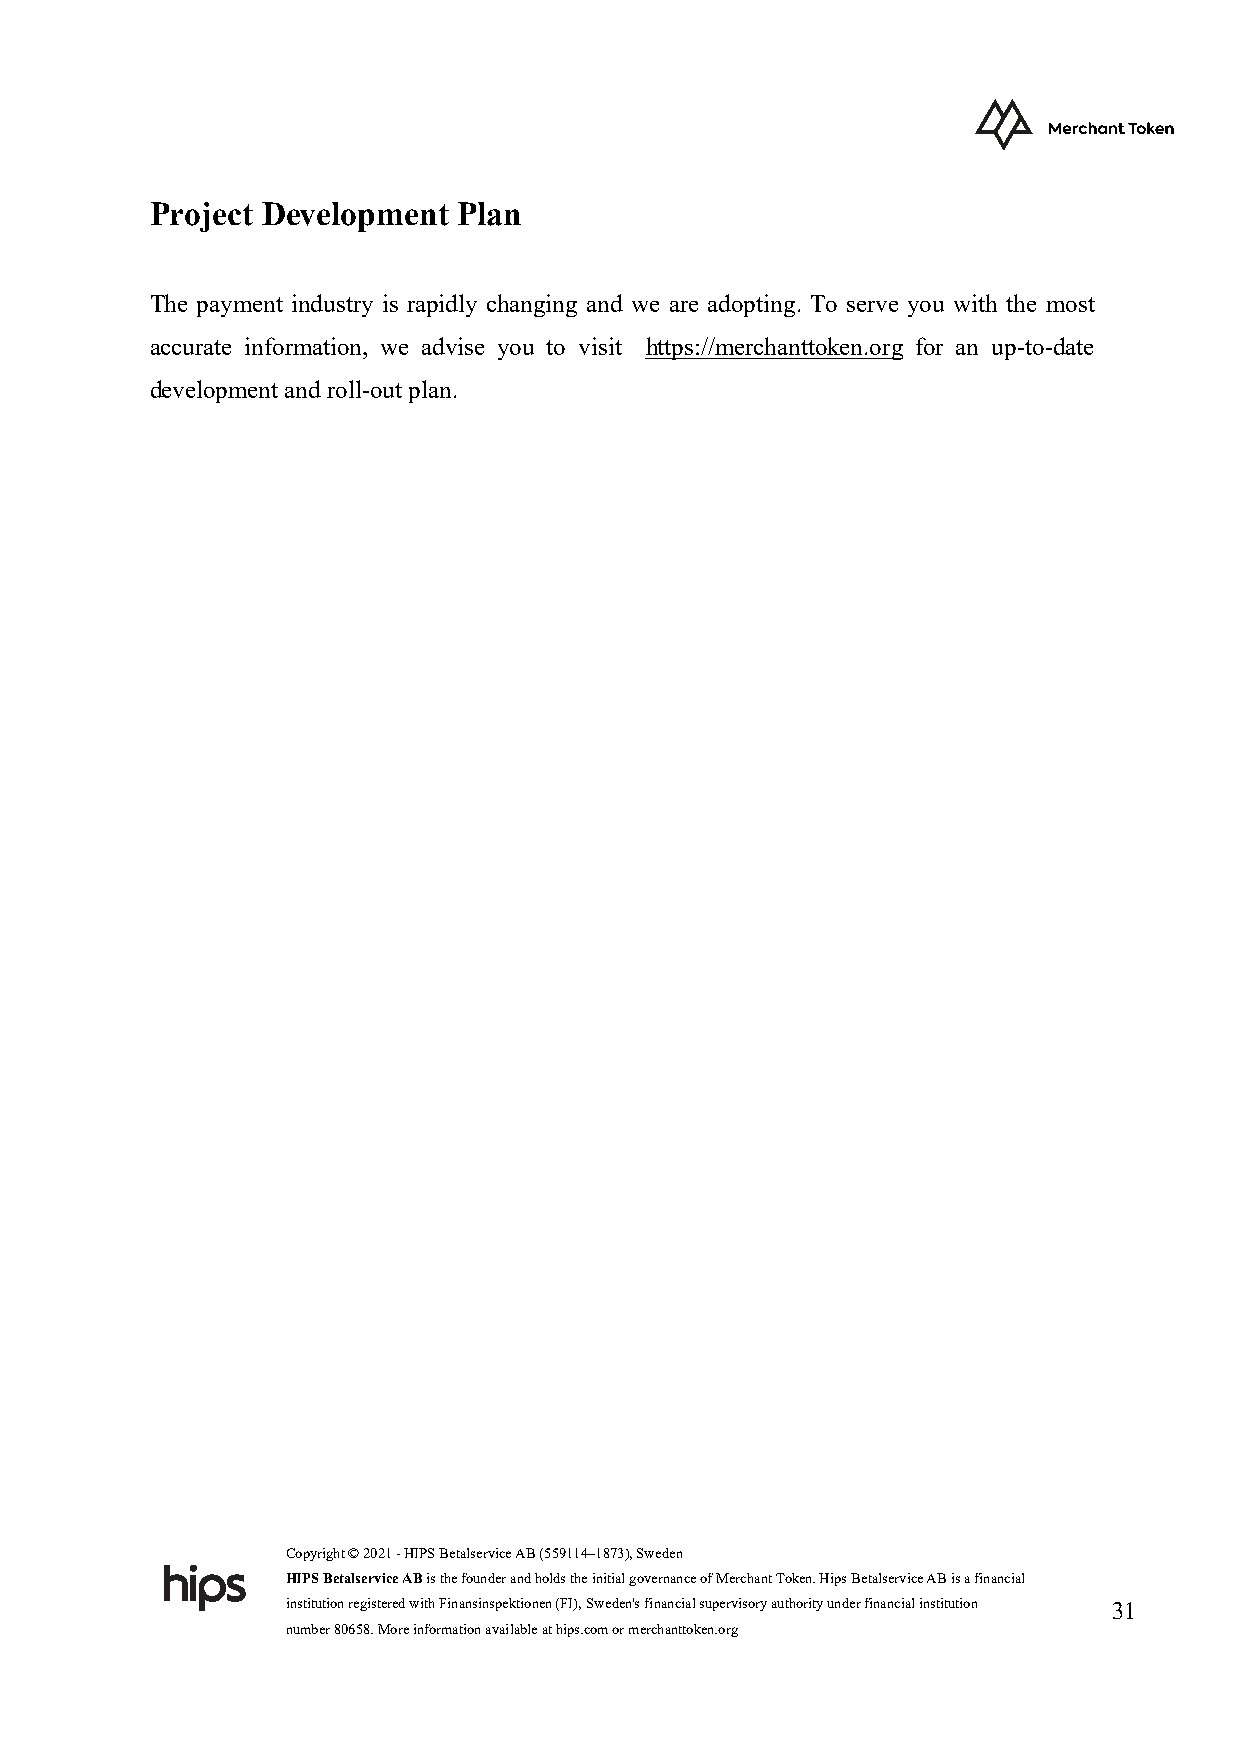
Project Development Plan
 The payment industry is rapidly changing and we are adopting. To serve you with the most
 accurate information, we advise you to visit https://merchanttoken.org for an up-to-date
 development and roll-out plan.
 Copyright © 2021 - HIPS Betalservice AB (559114–1873), Sweden
 HIPS Betalservice AB is the founder and holds the initial governance of Merchant Token. Hips Betalservice AB is a financial
 institution registered with Finansinspektionen (FI), Sweden's financial supervisory authority under financial institution 31
 number 80658. More information available at hips.com or merchanttoken.org